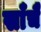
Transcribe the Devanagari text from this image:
साँचै